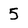
Character: 5